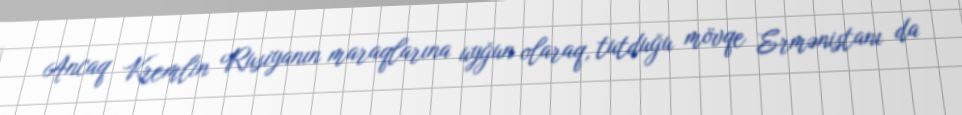
Ancaq Kremlin Rusiyanın maraqlarına uyğun olaraq, tutduğu mövqe Ermənistanı da